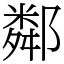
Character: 鄰